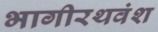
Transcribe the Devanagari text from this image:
भागीरथवंश